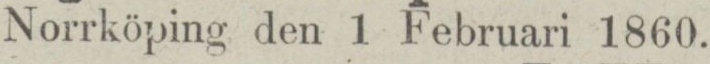
Norrköping den 1 Februari 1860.